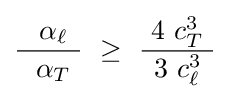
{\frac {~\ \alpha _{\ell }\ }{~\ \alpha _{T}\ }}~\geq ~{\frac {~4\ c_{T}^{3}\ }{~3\ c_{\ell }^{3}\ }}